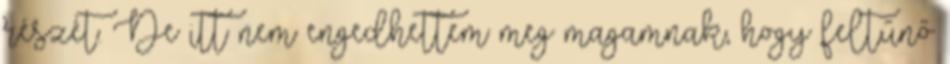
részét. De itt nem engedhettem meg magamnak, hogy feltűnő